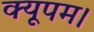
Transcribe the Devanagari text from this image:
क्यूपम।